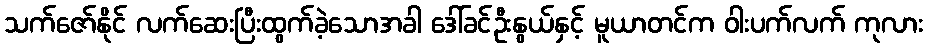
သက်ဇော်နိုင် လက်ဆေးပြီးထွက်ခဲ့သောအခါ ဒေါ်ခင်ဦးနွယ်နှင့် မူယာတင်က ဝါးပက်လက် ကုလား